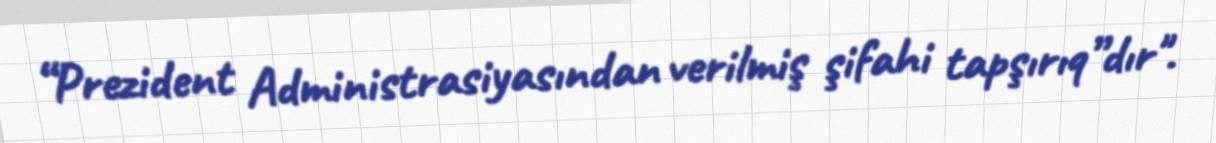
“Prezident Administrasiyasından verilmiş şifahi tapşırıq”dır".